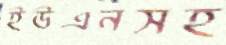
ইউএনসহ